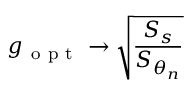
g _ { \mathrm { ~ o ~ p ~ t ~ } } \rightarrow \sqrt { \frac { S _ { s } } { S _ { \theta _ { n } } } }